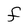
Character: F